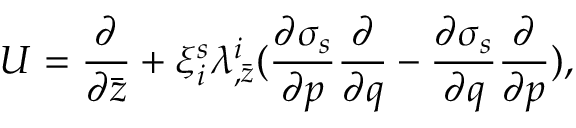
{ \cal U } = { \frac { \partial } { \partial \bar { z } } } + \xi _ { i } ^ { s } \lambda _ { , \bar { z } } ^ { i } ( { \frac { \partial \sigma _ { s } } { \partial p } } { \frac { \partial } { \partial q } } - { \frac { \partial \sigma _ { s } } { \partial q } } { \frac { \partial } { \partial p } } ) ,